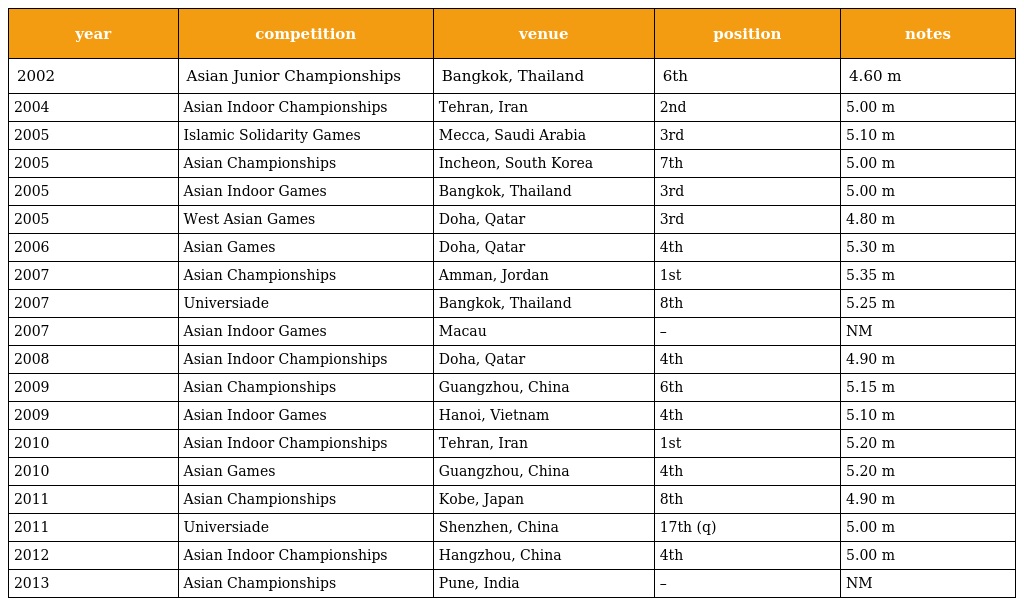
| year | competition | venue | position | notes |
 | --- | --- | --- | --- | --- |
 | 2002 | Asian Junior Championships | Bangkok, Thailand | 6th | 4.60 m |
 | 2004 | Asian Indoor Championships | Tehran, Iran | 2nd | 5.00 m |
 | 2005 | Islamic Solidarity Games | Mecca, Saudi Arabia | 3rd | 5.10 m |
 | 2005 | Asian Championships | Incheon, South Korea | 7th | 5.00 m |
 | 2005 | Asian Indoor Games | Bangkok, Thailand | 3rd | 5.00 m |
 | 2005 | West Asian Games | Doha, Qatar | 3rd | 4.80 m |
 | 2006 | Asian Games | Doha, Qatar | 4th | 5.30 m |
 | 2007 | Asian Championships | Amman, Jordan | 1st | 5.35 m |
 | 2007 | Universiade | Bangkok, Thailand | 8th | 5.25 m |
 | 2007 | Asian Indoor Games | Macau | – | NM |
 | 2008 | Asian Indoor Championships | Doha, Qatar | 4th | 4.90 m |
 | 2009 | Asian Championships | Guangzhou, China | 6th | 5.15 m |
 | 2009 | Asian Indoor Games | Hanoi, Vietnam | 4th | 5.10 m |
 | 2010 | Asian Indoor Championships | Tehran, Iran | 1st | 5.20 m |
 | 2010 | Asian Games | Guangzhou, China | 4th | 5.20 m |
 | 2011 | Asian Championships | Kobe, Japan | 8th | 4.90 m |
 | 2011 | Universiade | Shenzhen, China | 17th (q) | 5.00 m |
 | 2012 | Asian Indoor Championships | Hangzhou, China | 4th | 5.00 m |
 | 2013 | Asian Championships | Pune, India | – | NM |